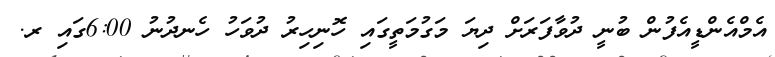
އެމްއެންޑީއެފުން ބުނީ ދުވާފަރަށް ދިޔަ މަގުމަތީގައި ހޮނިހިރު ދުވަހު ހެނދުނު 6:00ގައި ރ.